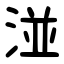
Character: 湴